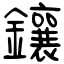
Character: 鑲